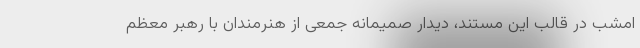
امشب در قالب این مستند، دیدار صمیمانه جمعی از هنرمندان با رهبر معظم